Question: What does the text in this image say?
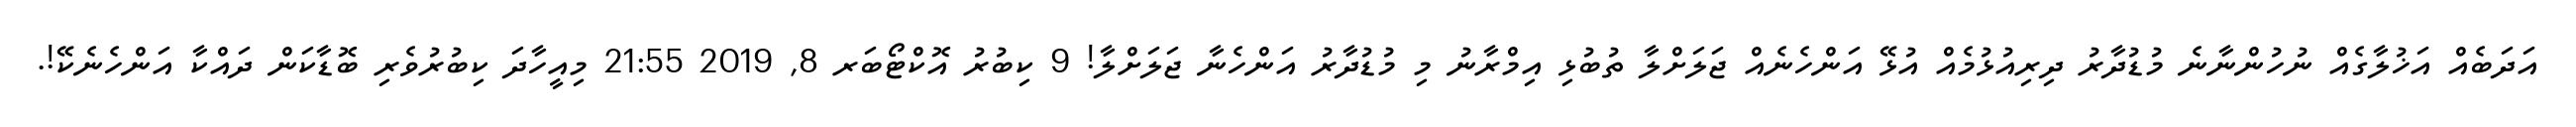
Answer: އަދަބެއް އަޚުލާގެއް ނުހުންނާނެ މުޑުދާރު ދިރިއުޅުމެއް އުޅޭ އަންހެނެއް ޖަލަށްލާ ތުބުޅި އިމްރާނު މި މުޑުދާރު އަންހެނާ ޖަލަށްލާ! 9 ކިބުރު އޮކްޓޯބަރ 8, 2019 21:55 މިއީހާދަ ކިބުރުވެރި ބޮޑާކަން ދައްކާ އަންހެނެކޭ!.